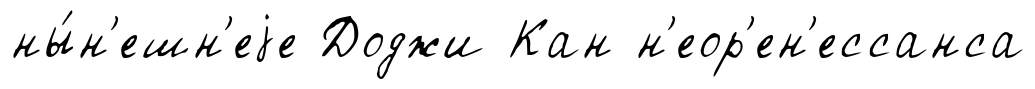
ны́н'ешн'еjе Доджи Кан н'еор'ен'ессанса